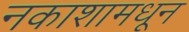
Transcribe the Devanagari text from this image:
नकाशामधून